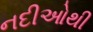
નદીઓથી